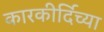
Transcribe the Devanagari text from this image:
कारकीर्दिच्या